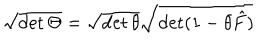
LaTeX: \sqrt { \det \Theta } = \sqrt { \det \theta } \sqrt { \det ( 1 - \theta \hat { F } ) }